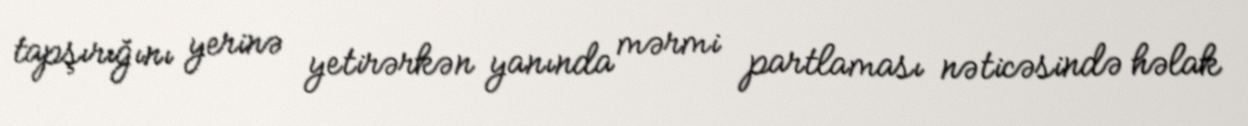
tapşırığını yerinə yetirərkən yanında mərmi partlaması nəticəsində həlak